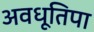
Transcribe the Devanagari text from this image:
अवधूतिपा